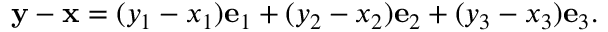
{ \mathbf { y } } - { \mathbf { x } } = ( y _ { 1 } - x _ { 1 } ) { \mathbf { e } } _ { 1 } + ( y _ { 2 } - x _ { 2 } ) { \mathbf { e } } _ { 2 } + ( y _ { 3 } - x _ { 3 } ) { \mathbf { e } } _ { 3 } .